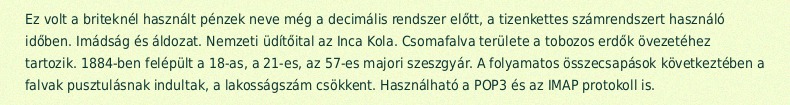
Ez volt a briteknél használt pénzek neve még a decimális rendszer előtt, a tizenkettes számrendszert használó időben. Imádság és áldozat. Nemzeti üdítőital az Inca Kola. Csomafalva területe a tobozos erdők övezetéhez tartozik. 1884-ben felépült a 18-as, a 21-es, az 57-es majori szeszgyár. A folyamatos összecsapások következtében a falvak pusztulásnak indultak, a lakosságszám csökkent. Használható a POP3 és az IMAP protokoll is.